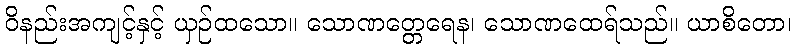
ဝိနည်းအကျင့်နှင့် ယှဉ်ထသော။ သောဏတ္တေရေန၊ သောဏထေရ်သည်။ ယာစိတော၊